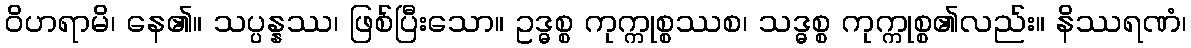
ဝိဟရာမိ၊ နေ၏။ သပ္ပန္နဿ၊ ဖြစ်ပြီးသော။ ဥဒ္ဓစ္စ ကုက္ကုစ္စဿစ၊ သဒ္ဓစ္စ ကုက္ကုစ္စ၏လည်း။ နိဿရဏံ၊